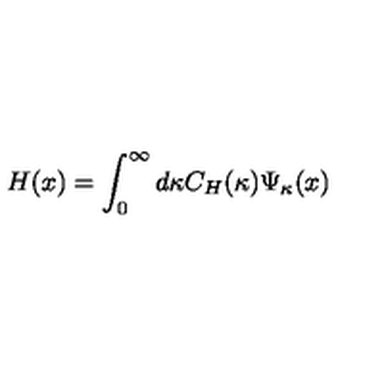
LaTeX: H ( x ) = \int _ { 0 } ^ { \infty } d \kappa C _ { H } ( \kappa ) \Psi _ { \kappa } ( x )